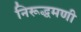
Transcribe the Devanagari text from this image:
निरूद्धमणी